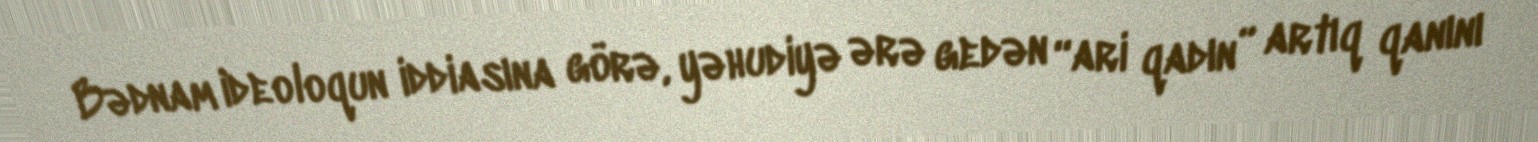
Bədnam ideoloqun iddiasına görə, yəhudiyə ərə gedən “ari qadın” artıq qanını